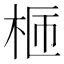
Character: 𣑙